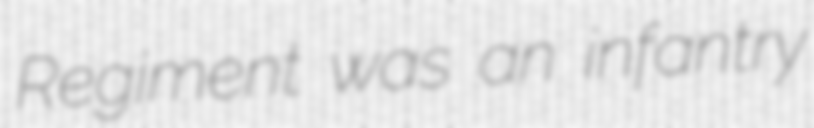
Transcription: Regiment was an infantry